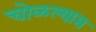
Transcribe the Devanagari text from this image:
चोळल्यास